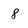
Character: 8